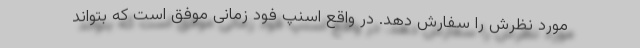
مورد نظرش را سفارش دهد. در واقع اسنپ فود زمانی موفق است که بتواند